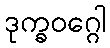
ဒုက္ခဝဂ္ဂေါ